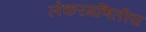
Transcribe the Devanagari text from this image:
लेकरगणितीय